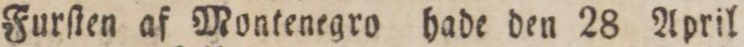
Furſten af Montenegro hade den 28 April